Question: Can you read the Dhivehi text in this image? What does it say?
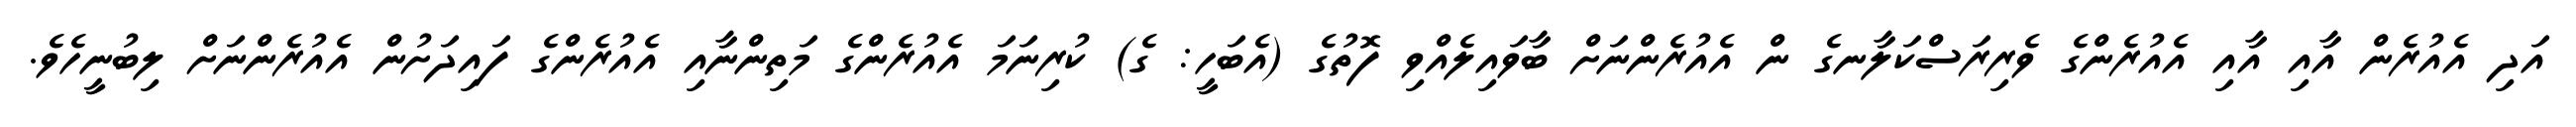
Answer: އަދި އެއުރެން އާއި އާއި އެއުރެންގެ ވެރިރަސްކަލާނގެ ން އެއުރެންނަށް ބާވައިލެއްވި ފޮތުގެ (އެބަހީ: ގެ) ކުރިނަމަ އެއުރެންގެ މަތިންނާއި އެއުރެންގެ ފައިދަށުން އެއުރެންނަށް ލިބުނީހެވެ.